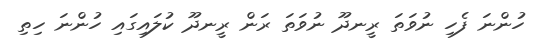
ހުންނަ ފެހި ނުވަތަ ރީނދޫ ނުވަތަ ރަން ރީނދޫ ކުލައިގައި ހުންނަ ހިތި